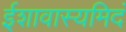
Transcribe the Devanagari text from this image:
ईशावास्यमिदं